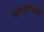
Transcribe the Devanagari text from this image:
कप्तानपद